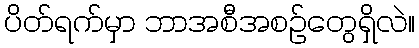
ပိတ်ရက်မှာ ဘာအစီအစဉ်တွေရှိလဲ။